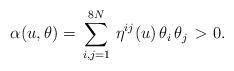
LaTeX: \begin{align*}\alpha(u,\theta)=\,\sum^{8N}_{i,j=1}\,\eta^{ij}(u)\,\theta_i \,\theta_j\,>0.\end{align*}